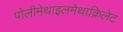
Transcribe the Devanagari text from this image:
पोलीमेथाइलमेथाक्रिलेट